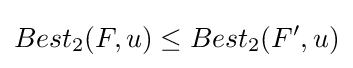
Best_{2}(F,u)\leq Best_{2}(F',u)